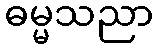
ဓမ္မသညာ